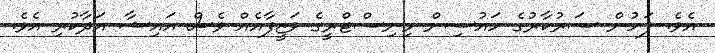
އެވެ. ފަހުން ސަރުކާރުގެ ހައުސިން މިނިސްޓްރީގެ ވަޒީފާއެއް ވެސް އައިޝާ އަދާކުރި އެވެ.